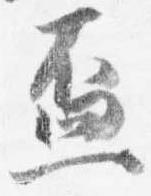
盃